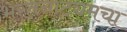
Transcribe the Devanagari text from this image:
भरतनाट्यमचा